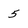
Character: 5